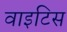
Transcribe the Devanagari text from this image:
वाइटिस